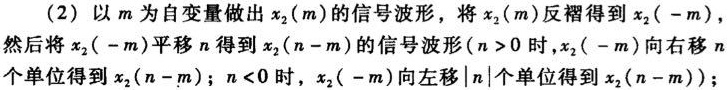
(2) 以$m$为自变量做出$x_2(m)$的信号波形，将$x_2(m)$反褶得到$x_2(-m)$，然后将$x_2(-m)$平移$n$得到$x_2(n - m)$的信号波形（$n>0$时，$x_2(-m)$向右移$n$个单位得到$x_2(n - m)$；$n<0$时，$x_2(-m)$向左移$|n|$个单位得到$x_2(n - m)$）；